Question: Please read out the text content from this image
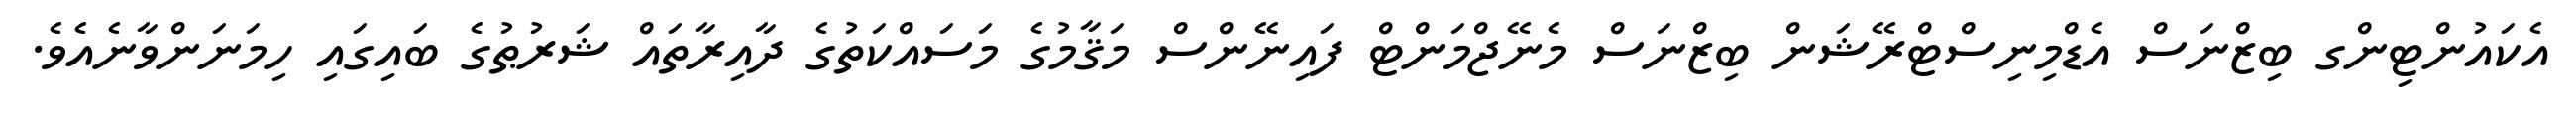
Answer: އެކައުންޓިންގ ބިޒްނަސް އެޑްމިނިސްޓްރޭޝަން ބިޒްނަސް މެނޭޖްމަންޓް ފައިނޭންސް މަޤާމުގެ މަސައްކަތުގެ ދާއިރާތައް ޝަރުޠުގެ ބައިގައި ހިމަނަންވާނެއެވެ.